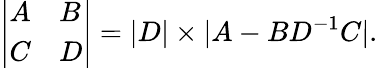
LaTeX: \left|\begin{array}{ll}{A}&{B}\\ {C}&{D}\end{array}\right|=|D|\times|A-BD^{-1}C|.